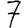
Digit: 7